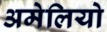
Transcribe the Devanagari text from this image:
अमेलियो